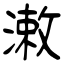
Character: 潄